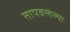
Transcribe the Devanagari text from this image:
तापवलेल्या